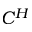
C ^ { H }